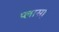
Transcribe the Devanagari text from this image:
प्लास़ा